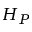
H _ { P }